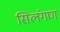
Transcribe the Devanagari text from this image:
सिलंगण